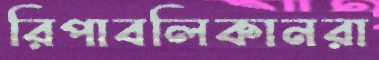
রিপাবলিকানরা